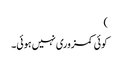
)
کوئی کمزوری نہیں ہوئی۔